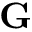
\mathbf { G }